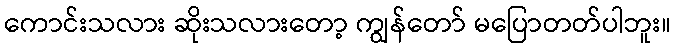
ကောင်းသလား ဆိုးသလားတော့ ကျွန်တော် မပြောတတ်ပါဘူး။